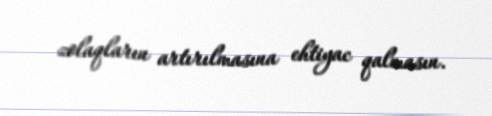
zolaqların artırılmasına ehtiyac qalmasın.